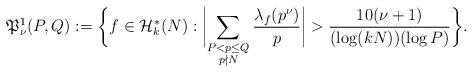
LaTeX: \begin{align*}\mathfrak{P}_\nu^{1}(P,Q):= \biggl\{f\in\mathcal{H}_k^*(N): \biggl|\sum_{\substack{P<p\leq Q\\p\nmid N}}\frac{\lambda_f(p^\nu)}{p}\biggr|>\frac{10(\nu+1)}{(\log (kN)) (\log P)}\biggr\}.\end{align*}